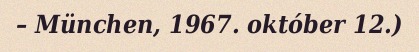
– München, 1967. október 12.)